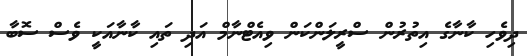
ދިވެހި ކާނާގެ އިތުރުން ސްރީލަންކަން ވިއެޓްނާމް އަދި ތައި ކާނާއަކީ ވެސް ސޮބާ